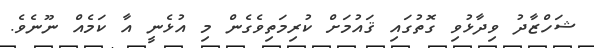
ޝަހްޒާދު ވިދާޅުވި ގޮތުގައި ޤައުމަށް ކުރިމަތިވެގެން މި އުޅެނީ އާ ކަމެއް ނޫނެވެ.